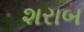
શરાબ